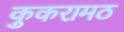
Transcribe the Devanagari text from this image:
कुकरामठ